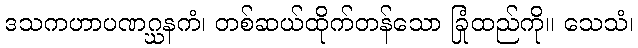
ဒသကဟာပဏဂ္ဃနကံ၊ တစ်ဆယ်ထိုက်တန်သော ခြုံထည်ကို။ သေသံ၊